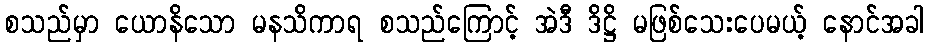
စသည်မှာ ယောနိသော မနသိကာရ စသည်ကြောင့် အဲဒီ ဒိဋ္ဌိ မဖြစ်သေးပေမယ့် နောင်အခါ